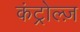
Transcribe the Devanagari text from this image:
कंट्रोल्ज़